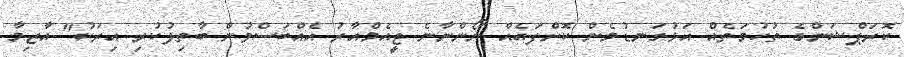
ކޮރަޕްޝަންގެ ތުހުމަތެއް އަޅުގަނޑުމެން ކޮށްފައެއް ނޯންނާނެ ޖީއެމްއާރު އެއްބަސްވުން ބާތިލުކުރި އިރަކު" އާޒިމާ